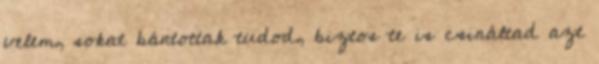
velem, sokat bántottak tudod, biztos te is csináltad azt